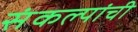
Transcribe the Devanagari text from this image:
संकल्पांची